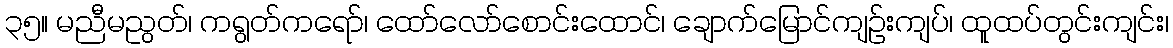
၃၅။ မညီမညွတ်၊ ကရွတ်ကရော်၊ ထော်လော်စောင်းထောင်၊ ချောက်မြောင်ကျဉ်းကျပ်၊ ထူထပ်တွင်းကျင်း၊